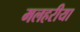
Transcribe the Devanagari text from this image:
मलहरीया